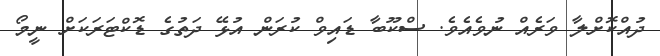
ދުއްކޮށްލާ ވަރެއް ނުވެއެވެ. ސްކޫބާ ޑައިވް ކުރަން އުޅޭ ދަތުގެ ޑޮކްޓަރަކަށް ނީމޯ